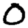
Digit: 0